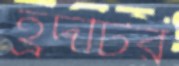
হ্রদটির